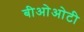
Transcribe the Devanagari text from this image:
बीओओटी